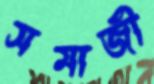
সমাজী